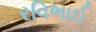
રવિભાઈ